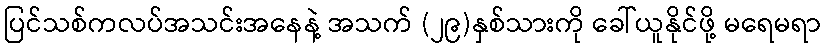
ပြင်သစ်ကလပ်အသင်းအနေနဲ့ အသက် (၂၉)နှစ်သားကို ခေါ်ယူနိုင်ဖို့ မရေမရာ